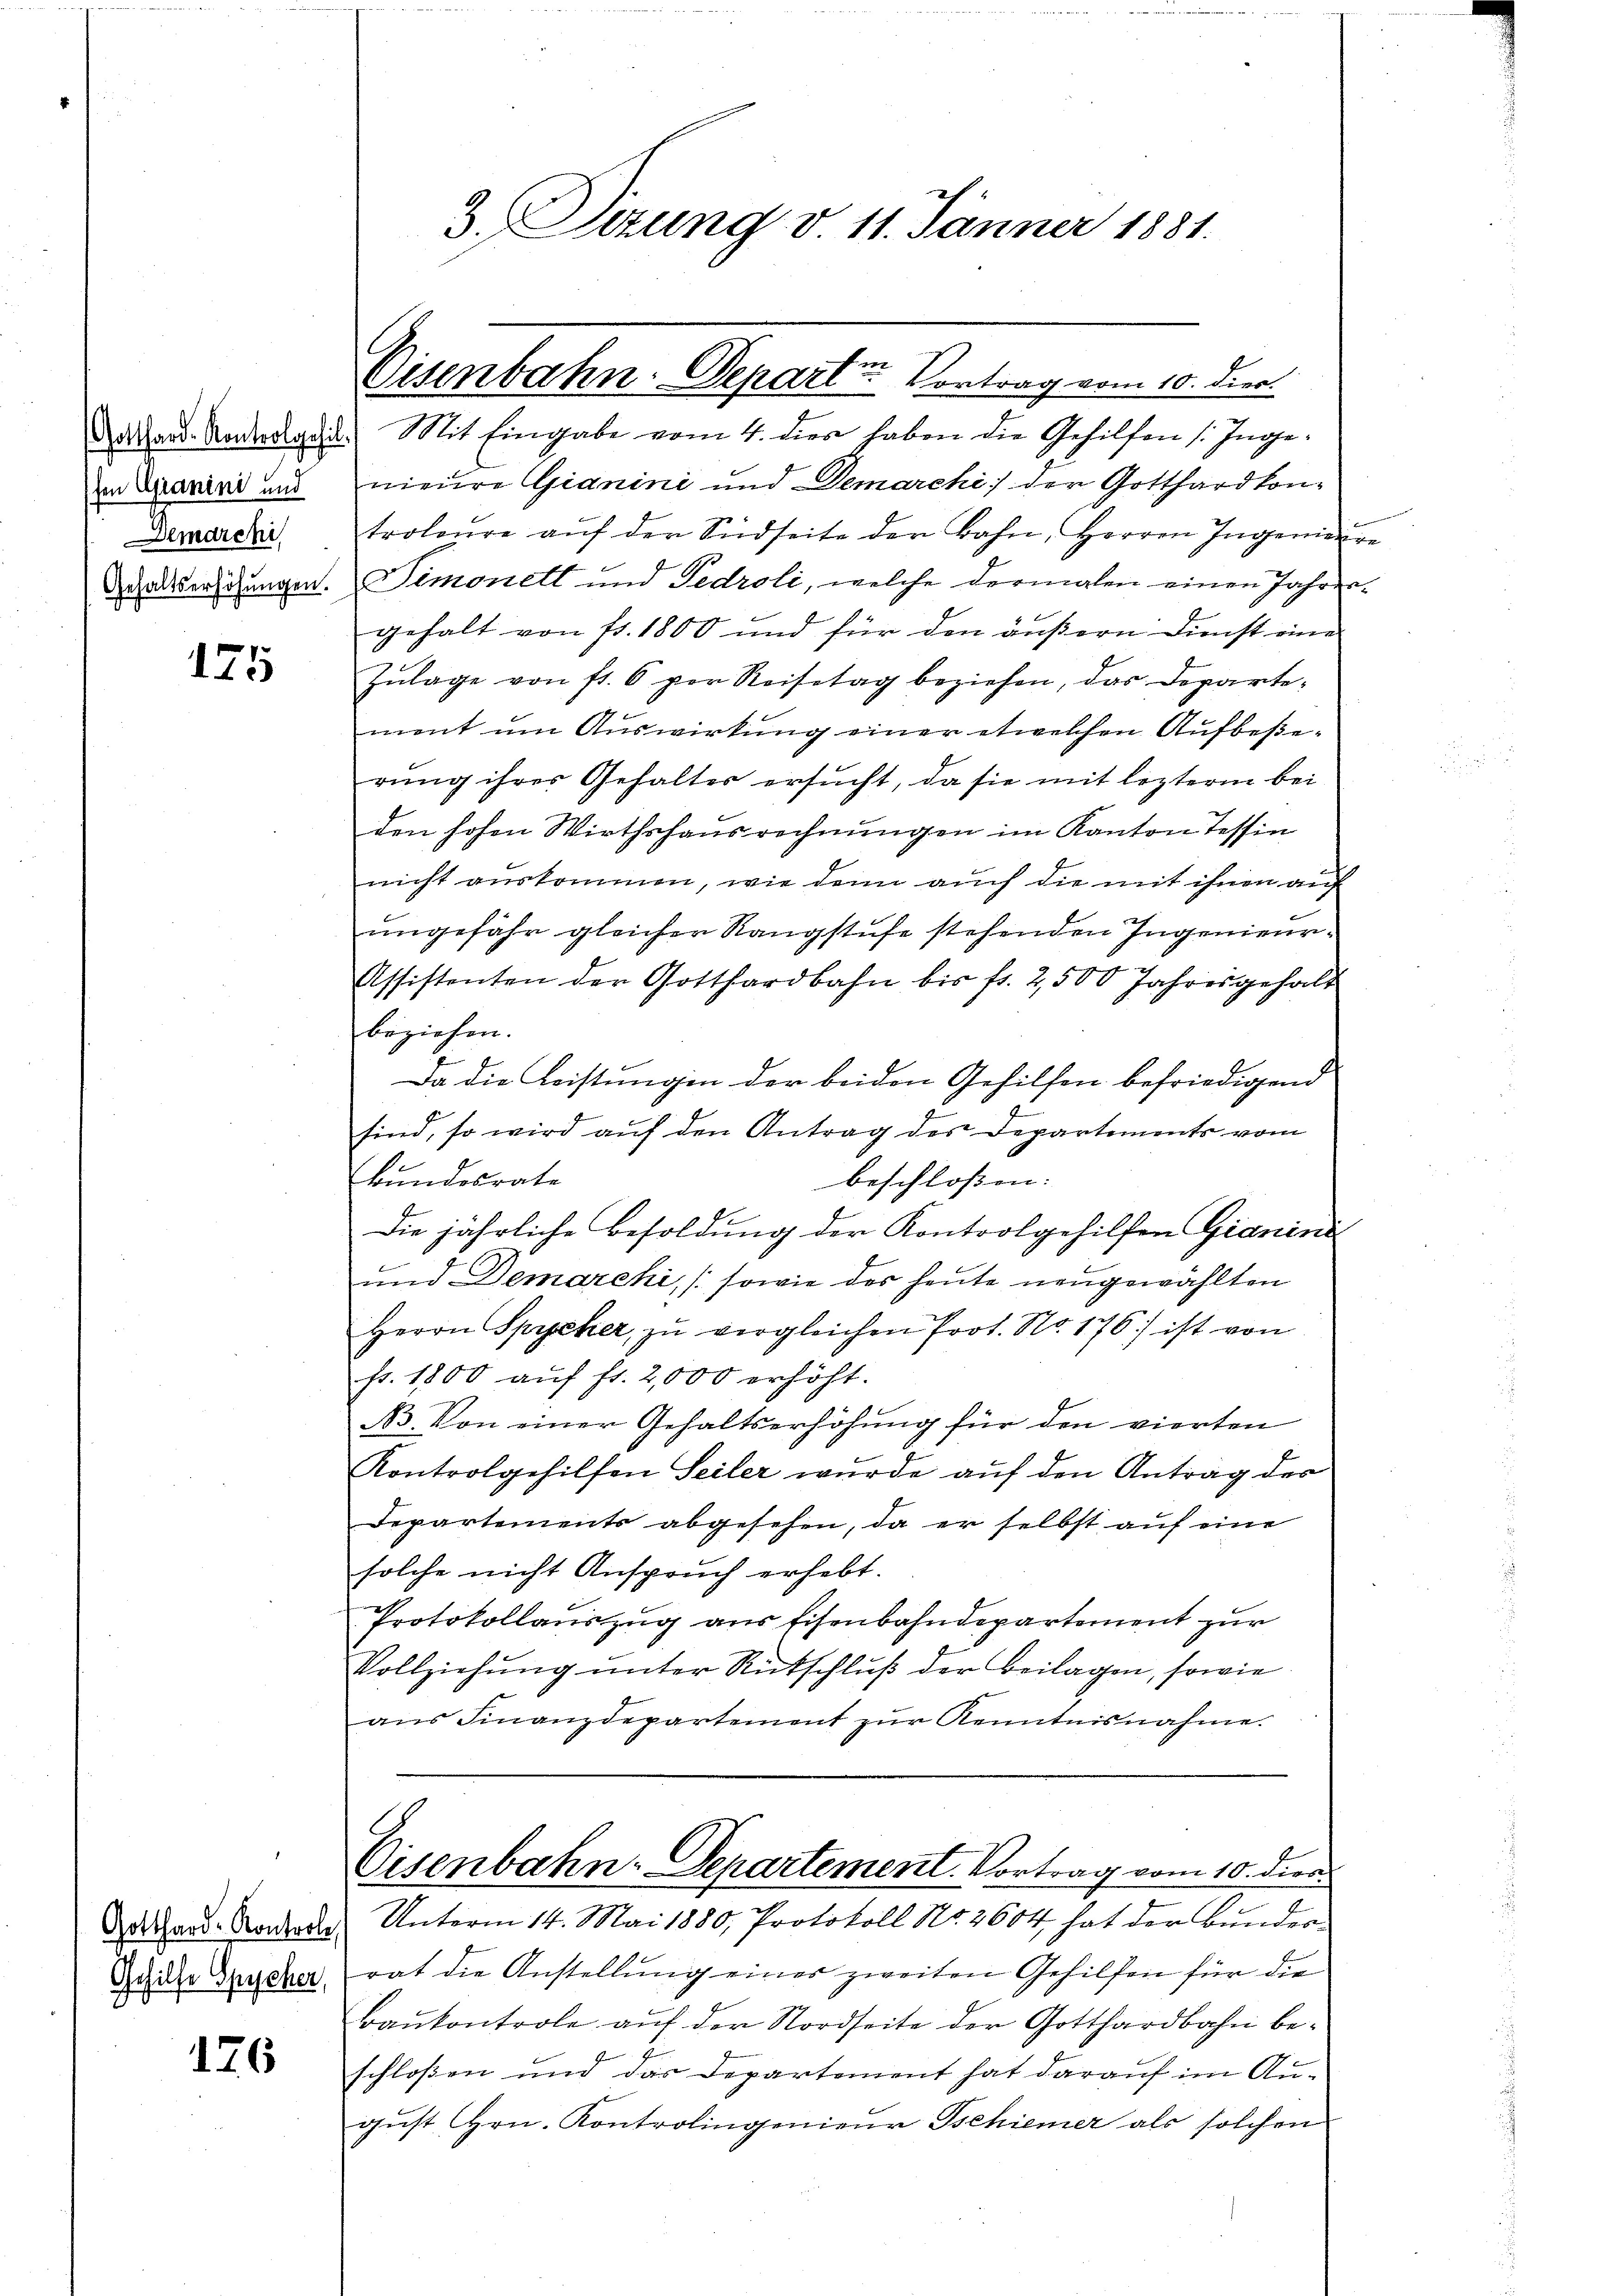
hen Granini und
Demarchi
Gehaltserhöhungen.

175

Gotthard-Kontrole,
Gehilfe Spycher,

176

3. Sizung v. 11. Jänner 1881.

Aa Hand. Kontragen. Mit Eingabe vom 4. dien haben die Gehilfen (Inge
nieure Gianini und Demarchi) der Gotthardkontroleure aŭf der Südseite der Bahn, Herren Ingenien
Simonett und Fedroli, welche dermalen einen Jahren
gehalt von fr. 1800 und für den äußern Dienst eine
Zŭlage von fr. 6 per Reisetag beziehen, das Departement um Auswirkung einer etwelchen Aufbeßerung ihrer Gehalter ersucht, da sie mit leztere bei
den hohen Wirthshausrechnungen im Kanton Tessin
nicht auskommen, wie dann auch die mit ihnen auf
ungefähr gleicher Rangstufe stehenden Ingenieur-
Assistenten der Gotthardbahn bis fr. 2500 Jahresgehalt
beziehen.
Da die Leistungen der beiden Gehilfen befriedigend
sind, so wird auf den Antrag des Departements vom
bundesrate
beschloßen:
Die jährliche Besoldung der Kontrolgehilfen Gianini
und Demarchi, (sowie der heute neugewählten
Herrn Sprecher zŭ vergleichen Prot. No. 176) ist von
fr. 1800 aŭf fr. 2,000 erhöht.
B. Von einer Gehaltserhöhung für den vierten
Kontrolgehilfen Seiler wurde auf den Antrag der
Departements abgesehen, da er selbst aŭf eine
solche nicht Anspruch erhebt.
Protokollauszug aus Eisenbahndepartement zur
Vollziehŭng ŭnter Rütschluß der Beilagen, sowie
ans Finanzdepartement zŭr Kenntnisnahme.
Eisenbahn-Departement. Vortrag vom 10. dien
Unterm 14. Mai 1880, Protokoll No. 2604, hat der Bunder
rat die Anstellung eines zweiten Gehilfen für die
Baŭkontrole auf der Nordseite der Gotthardbahn be-
schloßen und das Departement hat darauf im August Hrn. Kontrolingenieŭr Tschiener als solchen

Eisenbahn-Departe Vortrag vom 10. Dier.